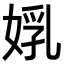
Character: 𡝦